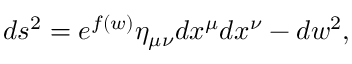
d s ^ { 2 } = e ^ { f ( w ) } \eta _ { \mu \nu } d x ^ { \mu } d x ^ { \nu } - d w ^ { 2 } ,